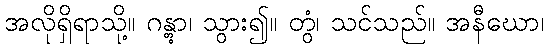
အလိုရှိရာသို့။ ဂန္တွာ၊ သွား၍။ တွံ၊ သင်သည်။ အနီဃော၊